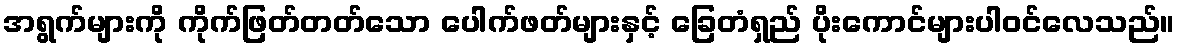
အရွက်များကို ကိုက်ဖြတ်တတ်သော ပေါက်ဖတ်များနှင့် ခြေတံရှည် ပိုးကောင်များပါဝင်လေသည်။